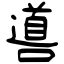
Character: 噵